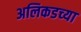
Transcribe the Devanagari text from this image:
अलिकडच्‍या